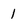
Character: 1